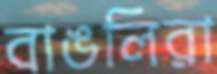
বাঙলিরা